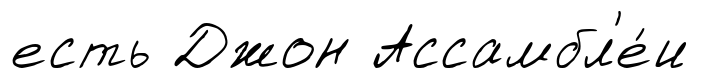
есть Джон Ассамбл'е́и